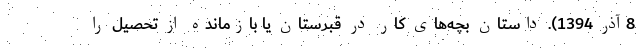
8آذر 1394). داستان بچه‌های کار در قبرستان یا بازمانده از تحصیل را